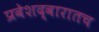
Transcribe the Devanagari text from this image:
प्रवेशद्वारातच